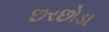
છરછોડા